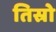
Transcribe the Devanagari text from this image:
तिस्रो